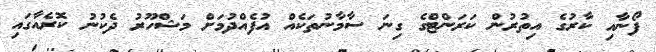
ފޯނާއި ކާރުގެ އިތުރުން ކަރަންޓްގެ ގިނަ ސާމާނުތަކެއް އުފެއްދުމަށް މަޝްހޫރު ދެކުނު ކޮރެއާގައި